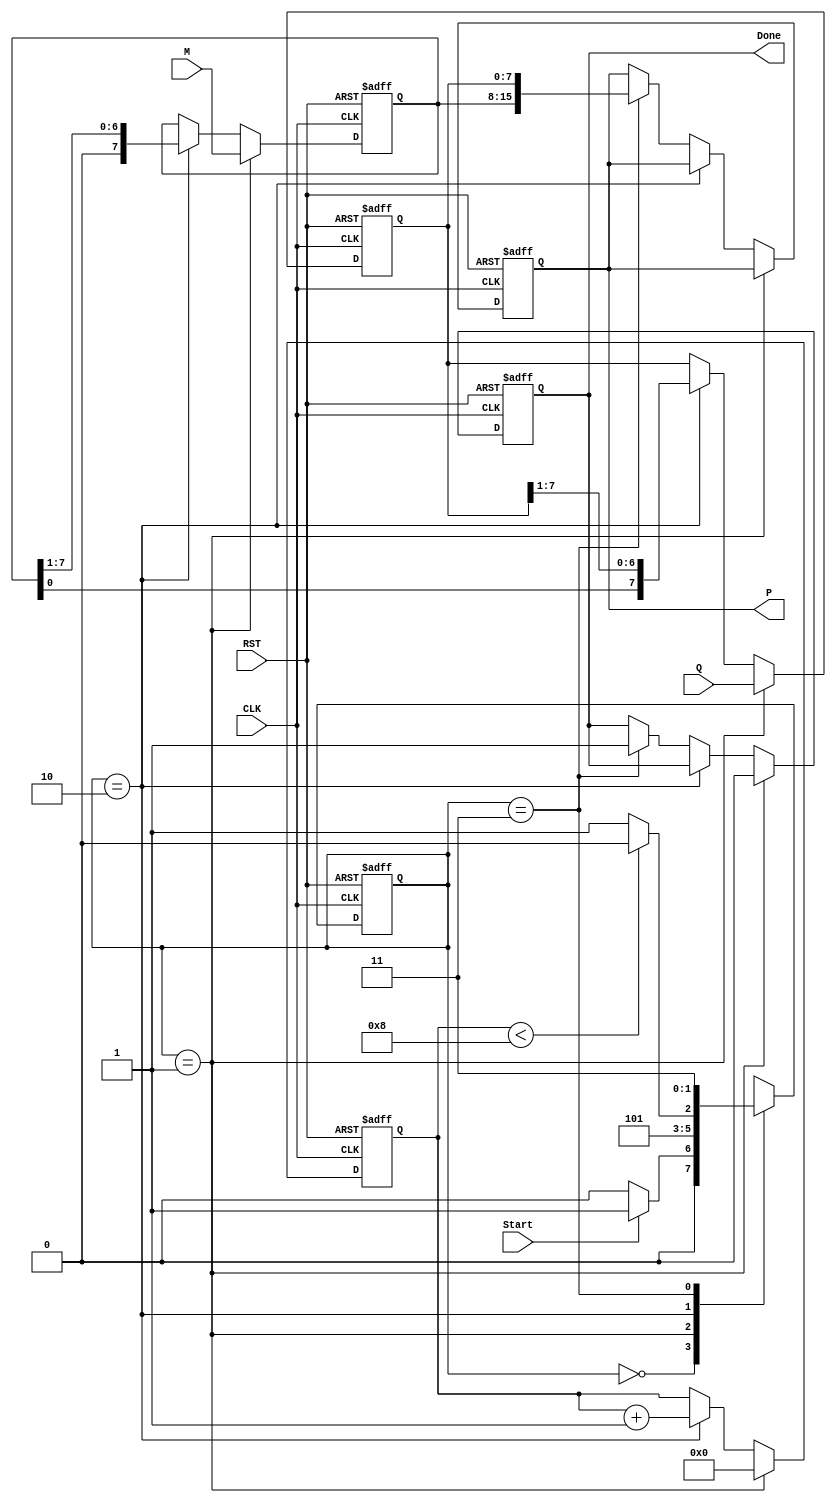
module modified_booth_multiplier #(
    parameter WIDTH = 8 // Width of input numbers (8 bits)
)(
    input wire [WIDTH-1:0] M,      // Multiplicand
    input wire [WIDTH-1:0] Q,      // Multiplier
    input wire Start,               // Start signal
    input wire CLK,                 // Clock
    input wire RST,                 // Reset
    output reg [2*WIDTH-1:0] P,     // Product
    output reg Done                 // Completion signal
);

    // Internal registers
    reg [WIDTH-1:0] A;              // Accumulator
    reg [WIDTH-1:0] Q_reg;          // Current multiplier
    reg Q_1;                        // Previous LSB of Q
    reg [3:0] count;                // Counter for iterations

    // State definitions
    localparam IDLE = 2'b00,
               LOAD = 2'b01,
               RUN = 2'b10,
               DONE = 2'b11;

    reg [1:0] state, next_state;

    // FSM for controlling the multiplier
    always @(posedge CLK or posedge RST) begin
        if (RST) begin
            state <= IDLE;
            A <= 0;
            Q_reg <= 0;
            Q_1 <= 0;
            P <= 0;
            Done <= 0;
            count <= 0;
        end else begin
            state <= next_state;
            if (state == LOAD) begin
                A <= M;                  // Load multiplicand to A
                Q_reg <= Q;              // Load multiplier to Q
                Q_1 <= 0;                // Initialize Q-1 to 0
                count <= 0;              // Initialize counter
                Done <= 0;               // Clear done signal
            end else if (state == RUN) begin
                case ({Q_reg[0], Q_1})  // Look at Q[0] and Q-1
                    2'b01: A <= A + M;   // A = A + M
                    2'b10: A <= A - M;   // A = A - M
                    default: ;           // Do nothing
                endcase
                
                // Arithmetic right shift
                {A, Q_reg, Q_1} <= {A, Q_reg, Q_1} >> 1;
                count <= count + 1;      // Increment counter
            end else if (state == DONE) begin
                P <= {A, Q_reg};          // Final product
                Done <= 1;                // Set done signal
            end
        end
    end

    // Next state logic
    always @(*) begin
        case (state)
            IDLE: begin
                if (Start) begin
                    next_state = LOAD;
                end else begin
                    next_state = IDLE;
                end
            end
            LOAD: begin
                next_state = RUN;
            end
            RUN: begin
                if (count < WIDTH) begin
                    next_state = RUN;      // Continue running
                end else begin
                    next_state = DONE;     // Go to done state
                end
            end
            DONE: begin
                next_state = DONE;         // Stay in done state
            end
            default: next_state = IDLE;
        endcase
    end
endmodule